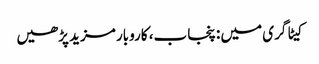
کیٹاگری میں : پنجاب، کاروبار مزید پڑھیں